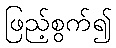
ဖြည့်စွက်၍